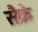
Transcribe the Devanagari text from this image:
सैक्रे